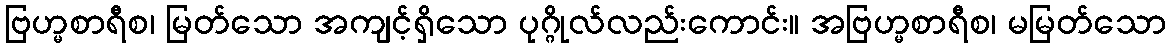
ဗြဟ္မစာရီစ၊ မြတ်သော အကျင့်ရှိသော ပုဂ္ဂိုလ်လည်းကောင်း။ အဗြဟ္မစာရီစ၊ မမြတ်သော